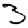
Digit: 3